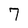
Character: 7